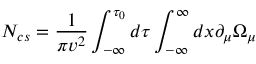
{ \cal N } _ { c s } = \frac { 1 } { \pi v ^ { 2 } } \int _ { - \infty } ^ { \tau _ { 0 } } d \tau \int _ { - \infty } ^ { \infty } d x \partial _ { \mu } \Omega _ { \mu }